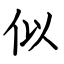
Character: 似